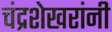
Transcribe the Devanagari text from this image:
चंद्रशेखरांनी